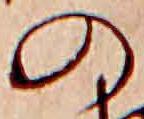
の